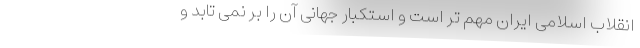
انقلاب اسلامی ایران مهم تر است و استکبار جهانی آن را بر نمی تابد و